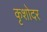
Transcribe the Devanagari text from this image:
कृशोदर